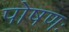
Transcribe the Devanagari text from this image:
पोषणः